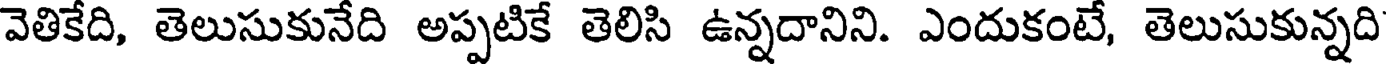
వెతికేది, తెలుసుకునేది అప్పటికే తెలిసి ఉన్నదానిని. ఎందుకంటే, తెలుసుకున్నది